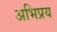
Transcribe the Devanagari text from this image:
अभिप्रय